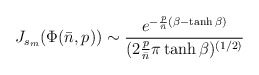
\begin{align*}J_{s_m}(\Phi({\bar n},p)) \sim{e^{-{p \over {\bar n}}(\beta-\tanh\beta)}\over(2 {p \over {\bar n}}\pi\tanh\beta)^{(1/2)}}\end{align*}